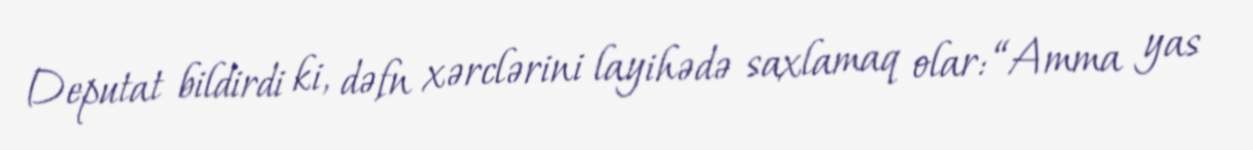
Deputat bildirdi ki, dəfn xərclərini layihədə saxlamaq olar: “Amma yas